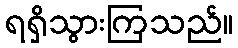
ရရှိသွားကြသည်။